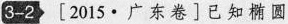
3-2 [2015·广东卷]已知椭圆